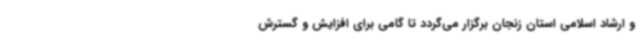
و ارشاد اسلامی استان زنجان برگزار می‌گردد تا گامی برای افزایش و گسترش